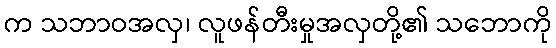
က သဘာဝအလှ၊ လူဖန်တီးမှုအလှတို့၏ သဘောကို